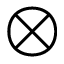
\bigotimes